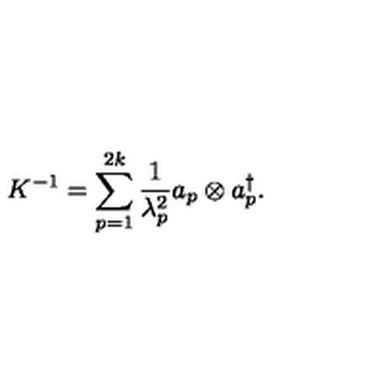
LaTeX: K ^ { - 1 } = \sum _ { p = 1 } ^ { 2 k } { \frac { 1 } { \lambda _ { p } ^ { 2 } } } a _ { p } \otimes a _ { p } ^ { \dagger } .